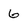
Character: 6